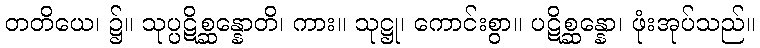
တတိယေ၊ ၌။ သုပ္ပဋိစ္ဆန္နောတိ၊ ကား။ သုဋ္ဌု၊ ကောင်းစွာ။ ပဋိစ္ဆန္နော၊ ဖုံးအုပ်သည်။